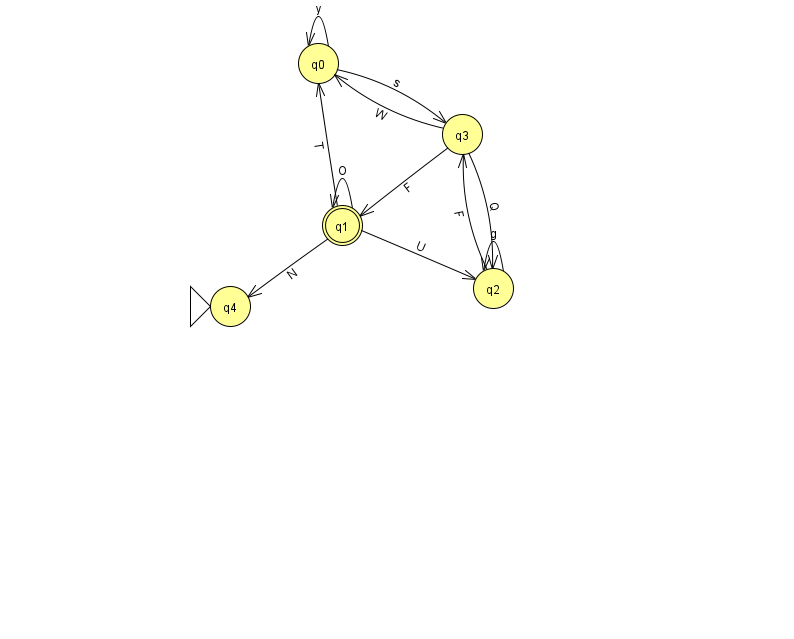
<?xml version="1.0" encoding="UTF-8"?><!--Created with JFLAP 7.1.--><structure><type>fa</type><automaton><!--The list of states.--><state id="0" name="q0"><x>318.0</x><y>50.0</y></state><state id="1" name="q1"><x>342.0</x><y>212.0</y><final/></state><state id="2" name="q2"><x>493.0</x><y>275.0</y></state><state id="3" name="q3"><x>462.0</x><y>121.0</y></state><state id="4" name="q4"><x>230.0</x><y>293.0</y><initial/></state><!--The list of transitions.--><transition><from>1</from><to>2</to><read>U</read></transition><transition><from>2</from><to>3</to><read>F</read></transition><transition><from>3</from><to>2</to><read>Q</read></transition><transition><from>3</from><to>1</to><read>F</read></transition><transition><from>2</from><to>2</to><read>g</read></transition><transition><from>0</from><to>0</to><read>y</read></transition><transition><from>3</from><to>0</to><read>W</read></transition><transition><from>1</from><to>0</to><read>T</read></transition><transition><from>0</from><to>3</to><read>s</read></transition><transition><from>1</from><to>1</to><read>O</read></transition><transition><from>1</from><to>4</to><read>N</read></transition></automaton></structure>